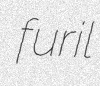
furil